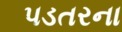
પડતરના